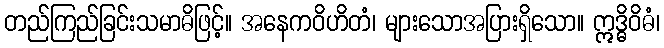
တည်ကြည်ခြင်းသမာဓိဖြင့်။ အနေကဝိဟိတံ၊ များသောအပြားရှိသော။ ဣဒ္ဓိဝိဓံ၊